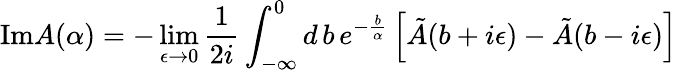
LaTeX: \mathrm{Im}A(\alpha)=-\operatorname*{lim}_{\epsilon\rightarrow 0}\frac{1}{2i}\int_{-\infty}^{0}d\, b\, e^{-\frac{b}{\alpha}}\left[\tilde{A}(b+i\epsilon)-\tilde{A}(b-i\epsilon)\right]